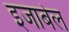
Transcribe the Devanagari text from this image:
इजाबेल